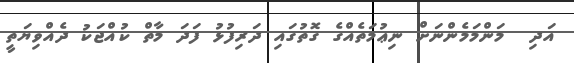
އަދި  މަންމަމެންނަށް ނިޢުމަތެއްގެ ގޮތުގައި ދަރިފުޅު ފަދަ މާތް ކުއްޖަކު ދެއްވިޔަތީ